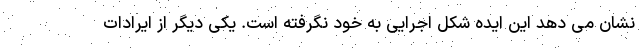
نشان می دهد این ایده شکل اجرایی به خود نگرفته است. یکی دیگر از ایرادات